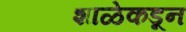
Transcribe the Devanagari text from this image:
शाळेकडून